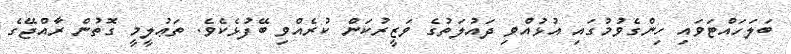
ބަލަހައްޓަވައި ހިންގެވުމުގައި އުޅުއްވި ދައުލަތުގެ ވަޒީރުކަން ކުރެއްވި ބޭފުޅެކެވެ. ތަޢުލީމީ ގޮތުން ރާއްޖޭގެ